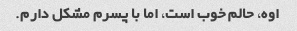
اوه، حالم خوب است، اما با پسرم مشکل دارم.